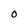
Character: 0